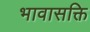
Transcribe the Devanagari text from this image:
भावासक्ति